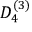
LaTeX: { D } _ { 4 } ^ { ( 3 ) }